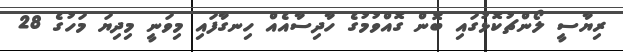
ރިޔާސީ ލޯންޗުކޮޅުގައި ބޮން ގޮއްވުމުގެ ހާދިސާއެއް ހިނގާފައި މިވަނީ މިދިޔަ މަހުގެ 28